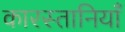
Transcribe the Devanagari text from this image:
कारस्तानियाँ